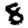
Digit: 8